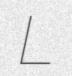
L